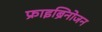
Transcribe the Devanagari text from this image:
फ्राइब्रिनोजन